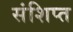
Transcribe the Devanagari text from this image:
संशिप्त